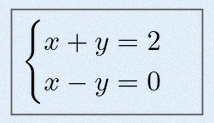
\begin{cases}x+y=2\\x-y=0\end{cases}